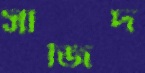
সাজিদ